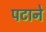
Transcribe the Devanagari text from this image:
पटाने